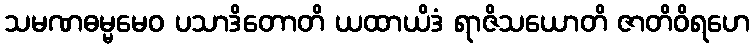
သမဏဓမ္မမေဝ ပသာဒိတောတိ ယထာယိဒံ ရာဇိသယောတိ ဇာတိဝိရဟေ